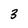
Character: 3